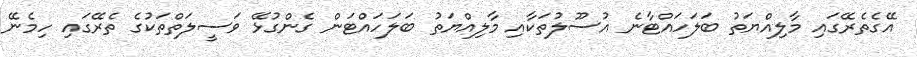
އޭގެތެރޭގައި މާލިއްޔަތު ބަލަހައްޓާނެ އުސޫލުތަކާއި މާލިއްޔަތު ބަލަހައްޓަން ގެންގުޅޭ ވަސީލަތްތަކުގެ ތެރޭގައި ހިމެނޭ